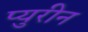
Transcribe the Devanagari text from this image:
प्युरीन